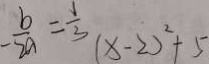
- \frac { b } { 2 a } = \frac { 1 } { 3 } ( x - 2 ) ^ { 2 } + 5